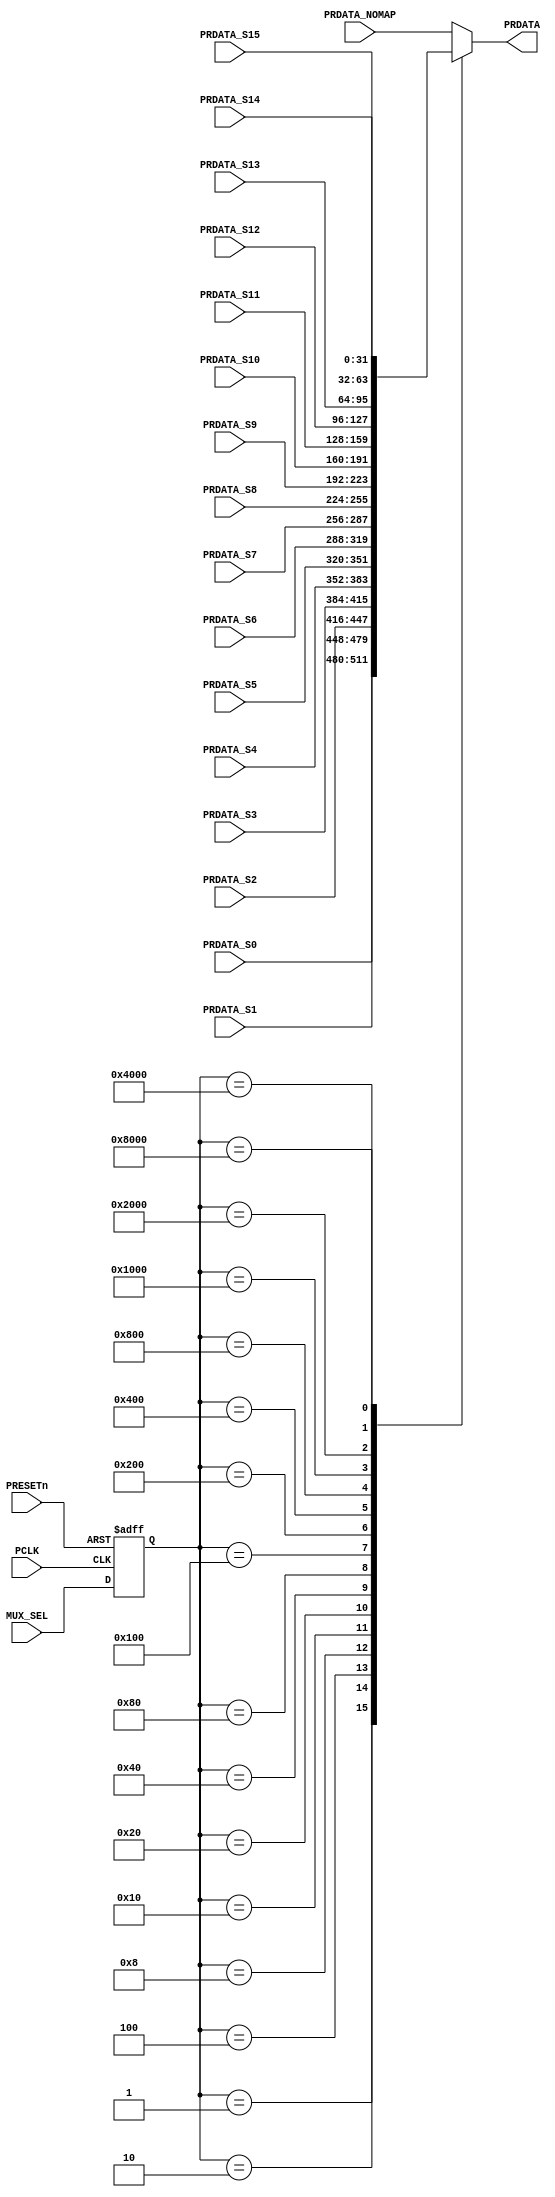
module APBMUX
(
	input wire 		    PCLK,
	input wire 		    PRESETn,
	input wire [15:0]   MUX_SEL, 
	
	input wire [31:0]   PRDATA_S0, 
	input wire [31:0]   PRDATA_S1, 
	input wire [31:0]   PRDATA_S2, 
	input wire [31:0]   PRDATA_S3, 
	input wire [31:0]   PRDATA_S4, 
	input wire [31:0]   PRDATA_S5, 
	input wire [31:0]   PRDATA_S6, 
	input wire [31:0]   PRDATA_S7, 
	input wire [31:0]   PRDATA_S8, 
	input wire [31:0]   PRDATA_S9, 
	input wire [31:0]   PRDATA_S10, 
	input wire [31:0]   PRDATA_S11, 
	input wire [31:0]   PRDATA_S12, 
	input wire [31:0]   PRDATA_S13, 
	input wire [31:0]   PRDATA_S14, 
	input wire [31:0]   PRDATA_S15, 
	input wire [31:0]   PRDATA_NOMAP, 	

	output reg [31:0]	PRDATA
);

reg [15:0]	rMUX_SEL;

always@(posedge PCLK or negedge PRESETn)
begin
	if(!PRESETn)
		rMUX_SEL <= 15'h0;
	else
		rMUX_SEL <= MUX_SEL;
end

always@(*)
begin
	case(rMUX_SEL)
		16'h0001:PRDATA = PRDATA_S0;

		16'h0002:PRDATA = PRDATA_S1;

		16'h0004:PRDATA = PRDATA_S2;

		16'h0008:PRDATA = PRDATA_S3;

		16'h0010:PRDATA = PRDATA_S4;

		16'h0020:PRDATA = PRDATA_S5;

		16'h0040:PRDATA = PRDATA_S6;

		16'h0080:PRDATA = PRDATA_S7;

		16'h0100:PRDATA = PRDATA_S8;

		16'h0200:PRDATA = PRDATA_S9;
		
		16'h0400:PRDATA = PRDATA_S10;
		
		16'h0800:PRDATA = PRDATA_S11;
		
		16'h1000:PRDATA = PRDATA_S12;
		
		16'h2000:PRDATA = PRDATA_S13;
		
		16'h4000:PRDATA = PRDATA_S14;
		
		16'h8000:PRDATA = PRDATA_S15;

		default: PRDATA = PRDATA_NOMAP;
	endcase
end

endmodule